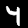
Label: 4